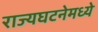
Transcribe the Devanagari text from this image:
राज्यघटनेमध्ये